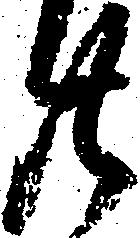
廿